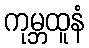
ကုမ္ဘထူနံ